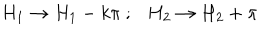
H _ { 1 } \rightarrow H _ { 1 } - k \pi ~ ; H _ { 2 } \rightarrow H _ { 2 } + \pi